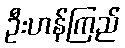
ဦးဟန်ကြည်